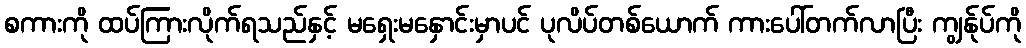
စကားကို ထပ်ကြားလိုက်ရသည်နှင့် မရှေးမနှောင်းမှာပင် ပုလိပ်တစ်ယောက် ကားပေါ်တက်လာပြီး ကျွန်ုပ်ကို